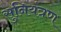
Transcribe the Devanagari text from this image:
सुनियंत्रण